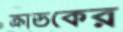
ক্রাডকের